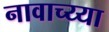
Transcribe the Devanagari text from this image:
नावाच्य्या